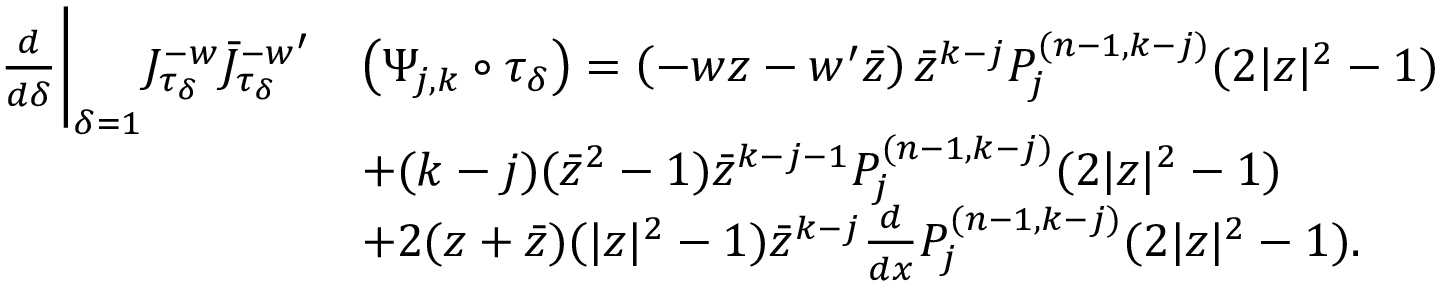
\begin{array} { r l } { \frac { d } { d \delta } \bigg | _ { \delta = 1 } J _ { \tau _ { \delta } } ^ { - w } \bar { J } _ { \tau _ { \delta } } ^ { - w ^ { \prime } } } & { \left( \Psi _ { j , k } \circ \tau _ { \delta } \right) = \left( - w z - w ^ { \prime } \bar { z } \right) \bar { z } ^ { k - j } P _ { j } ^ { ( n - 1 , k - j ) } ( 2 | z | ^ { 2 } - 1 ) } \\ & { + ( k - j ) ( \bar { z } ^ { 2 } - 1 ) \bar { z } ^ { k - j - 1 } P _ { j } ^ { ( n - 1 , k - j ) } ( 2 | z | ^ { 2 } - 1 ) } \\ & { + 2 ( z + \bar { z } ) ( | z | ^ { 2 } - 1 ) \bar { z } ^ { k - j } \frac { d } { d x } P _ { j } ^ { ( n - 1 , k - j ) } ( 2 | z | ^ { 2 } - 1 ) . } \end{array}